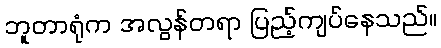
ဘူတာရုံက အလွန်တရာ ပြည့်ကျပ်နေသည်။